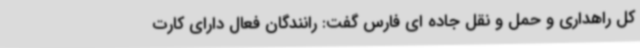
کل راهداری و حمل و نقل جاده ای فارس گفت: رانندگان فعال دارای کارت